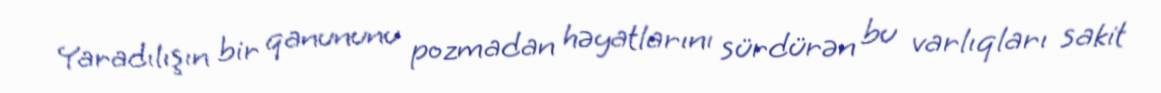
Yaradılışın bir qanununu pozmadan həyatlarını sürdürən bu varlıqları sakit